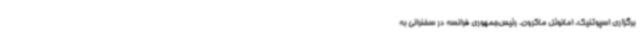
برگزاری اسپوتنیک، امانوئل ماکرون، رئیس‌جمهوری فرانسه در سخنرانی به